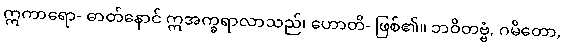
ဣကာရော- ဓာတ်နောင် ဣအက္ခရာလာသည်၊ ဟောတိ- ဖြစ်၏။ ဘဝိတဗ္ဗံ, ဂမိတော,